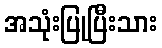
အသုံးပြုပြီးသား